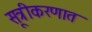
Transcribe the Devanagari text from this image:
सूत्रीकरणात